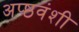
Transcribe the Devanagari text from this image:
अप्ष्ठवंशी